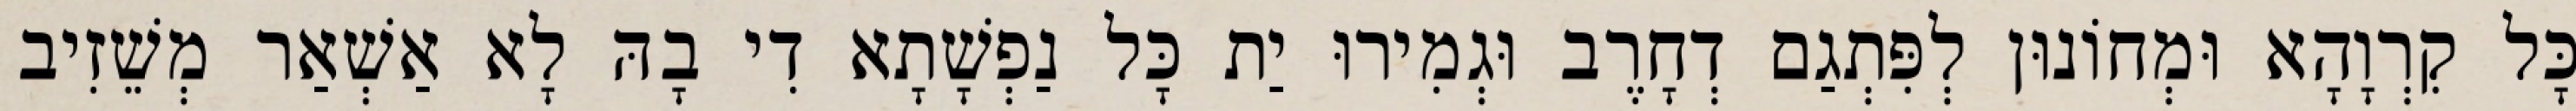
כָּל קִרְוָהָא וּמְחוֹנוּן לְפִּתְגַם דְחָרֶב וּגְמִירוּ יַת כָּל נַפְשָׁתָא דִי בָהּ לָא אַשְׁאַר מְשֵׁזִיב